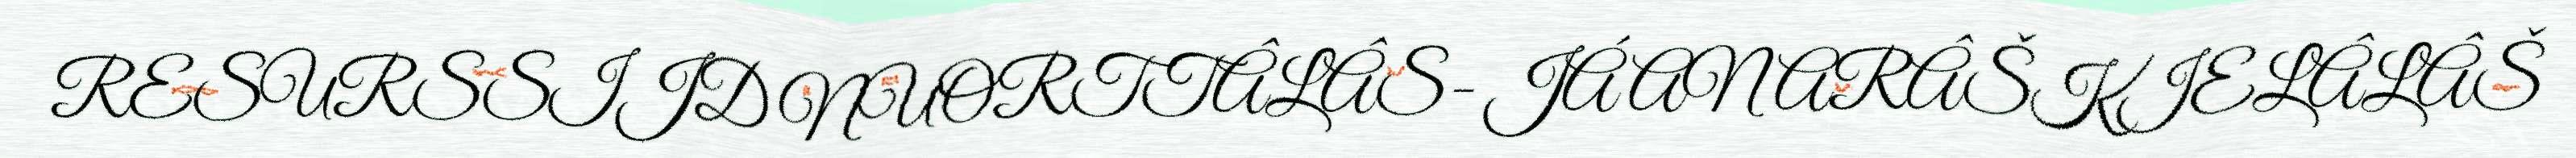
RESURSSIJD NUORTTÂLÂS- JÁ ANARÂŠKIELÂLÂŠ